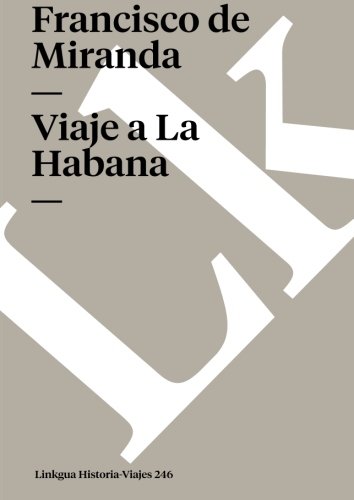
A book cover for Viaje a La Habana (Memoria-Viajes) (Spanish Edition); Francisco de Miranda; Travel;